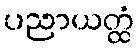
ပညာယတ္ထံ